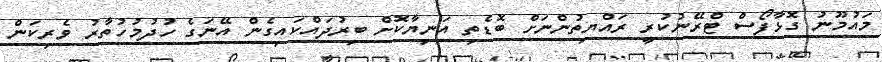
މައުމޫނު ގޮޅާފޯސް ޓްރޭނުކުރީ ރައްޔިތުންނަށް ބޮޑެތި އަނިޔާކޮށް ބިރުދައްކައިގެން އޭނަގެ ހުދުމުހުތާރު ވެރިކަން